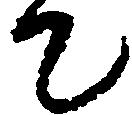
て